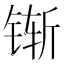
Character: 𰾌